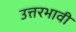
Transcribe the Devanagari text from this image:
उत्तरभावी